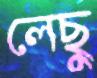
লেছু